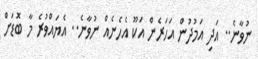
ނުވާނެ.. އަދި އަމުދުން އަހަރެން އަކޫ އެހެނެއް ނުވާނެ.. އެޔައްވުރެ މާ ބޮޑަށް